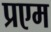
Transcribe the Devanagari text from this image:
प्रएम